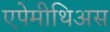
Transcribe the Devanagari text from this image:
एपेमीथिअस